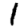
Digit: 1